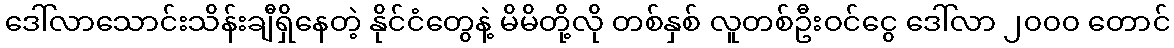
ဒေါ်လာသောင်းသိန်းချီရှိနေတဲ့ နိုင်ငံတွေနဲ့ မိမိတို့လို တစ်နှစ် လူတစ်ဦးဝင်ငွေ ဒေါ်လာ ၂၀၀၀ တောင်